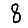
Digit: 8